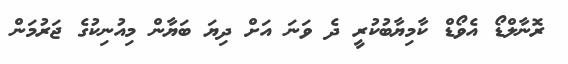
ރޮނާލްޑޯ އެވޯޑް ކާމިޔާބުކުރީ ދެ ވަނަ އަށް ދިޔަ ބަޔާން މިއުނިކުގެ ޖަރުމަން